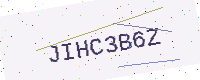
Text: JIHC3B6Z